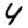
Digit: 4